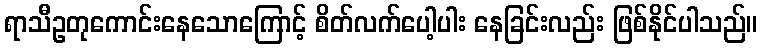
ရာသီဥတုကောင်းနေသောကြောင့် စိတ်လက်ပေါ့ပါး နေခြင်းလည်း ဖြစ်နိုင်ပါသည်။